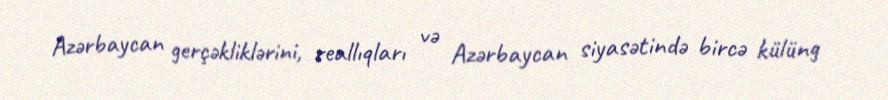
Azərbaycan gerçəkliklərini, reallıqları və Azərbaycan siyasətində bircə külüng